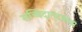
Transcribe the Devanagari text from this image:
सच्चिदानंदबाबा